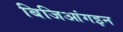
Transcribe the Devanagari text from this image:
बिजिआंगइन